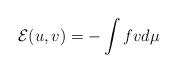
LaTeX: \begin{align*}\mathcal{E}(u, v) = -\int fv d\mu \end{align*}